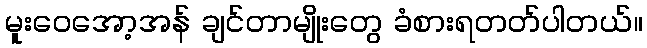
မူးဝေအော့အန် ချင်တာမျိုးတွေ ခံစားရတတ်ပါတယ်။